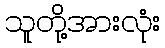
သူတို့အားလုံး